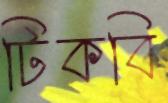
টিকবি